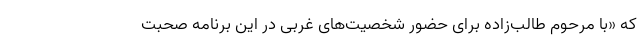
که «با مرحوم طالب‌زاده برای حضور شخصیت‌های غربی در این برنامه صحبت